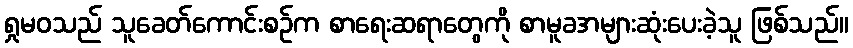
ရှုမဝသည် သူခေတ်ကောင်းစဉ်က စာရေးဆရာတွေကို စာမူခအများဆုံးပေးခဲ့သူ ဖြစ်သည်။